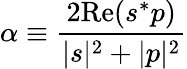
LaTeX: \alpha\equiv\frac{2\mathrm{Re}(s^{*}p)}{|s|^{2}+|p|^{2}}